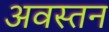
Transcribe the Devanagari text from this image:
अवस्तन